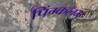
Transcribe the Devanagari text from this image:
पिंग्कलम